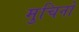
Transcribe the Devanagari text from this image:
मुचिनो